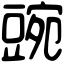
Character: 豌